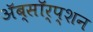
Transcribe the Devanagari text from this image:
ॲब्सॉर्प्शन